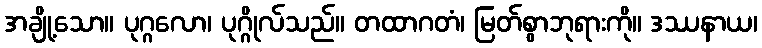
အချို့သော။ ပုဂ္ဂလော၊ ပုဂ္ဂိုလ်သည်။ တထာဂတံ၊ မြတ်စွာဘုရားကို။ ဒဿနာယ၊